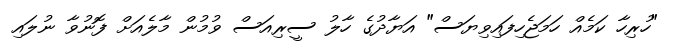
"ހުރިހާ ކަމެއް ހަމަޖެހިފައިވިޔަސް" އަޔާދުގެ ހާލު ސީރިއަސް ވުމުން މާލެއަށް ފޮނުވާ ނުލައި